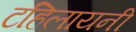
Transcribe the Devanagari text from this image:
टहिलायनी